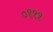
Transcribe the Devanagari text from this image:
०१११